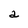
Character: a